Scottish Leaving Certificate Examination, 1959
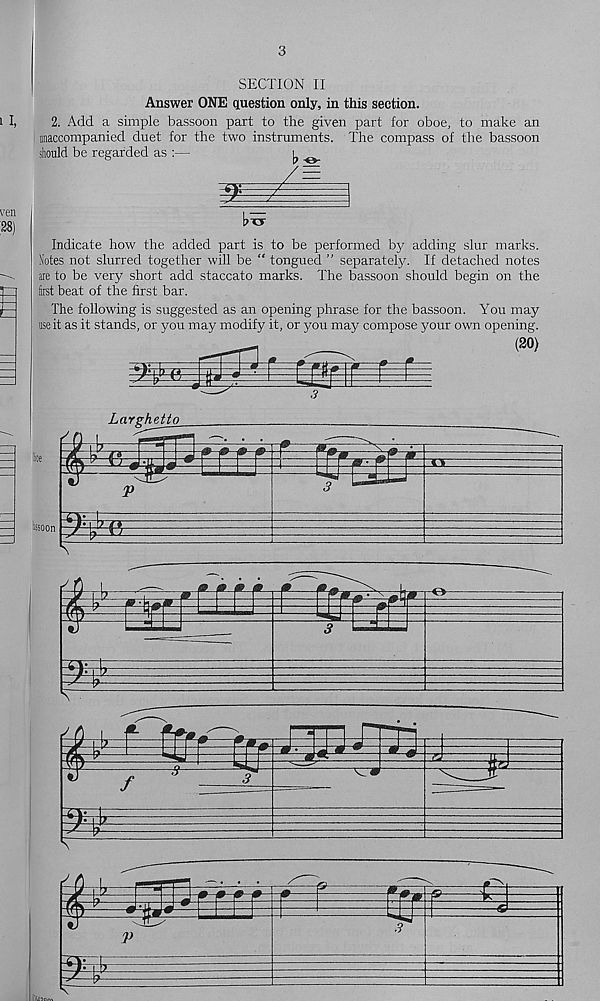
3
SECTION II
Answer ONE question only, in this section.
2. Add a simple bassoon part to the given part for oboe, to make an
unaccompanied duet for the two instruments. The compass of the bassoon
should be regarded as :—
^ o
bxT
Indicate how the added part is to be performed bjr adding slur marks.
Notes not slurred together will be “ tongued ” separately. If detached notes
ire to be very short add staccato marks. The bassoon should begin on the
first beat of the first bar.
The following is suggested as an opening phrase for the bassoon. You may
use it as it stands, or you may modify it, or you may compose your own opening.
(20)
Larghetto
ussoon